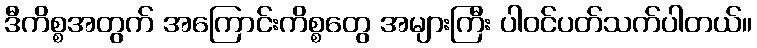
ဒီကိစ္စအတွက် အကြောင်းကိစ္စတွေ အများကြီး ပါဝင်ပတ်သက်ပါတယ်။